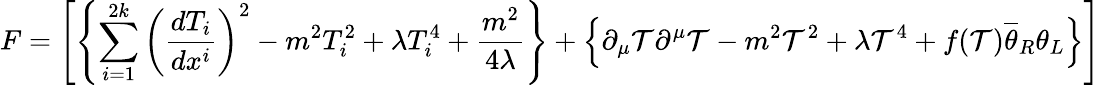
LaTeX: F=\left[\left\{ \sum_{i=1}^{2k}\left(\frac{dT_{i}}{dx^{i}}\right)^{2}-m^{2}T_{i}^{2}+\lambda T_{i}^{4}+\frac{m^{2}}{4\lambda}\right\} +\left\{ \partial_{\mu}\mathcal{T}\partial^{\mu}\mathcal{T}-m^{2}\mathcal{T}^{2}+\lambda\mathcal{T}^{4}+f(\mathcal{T})\overline{{{\theta}}}_{R}\theta_{L}\right\} \right]